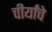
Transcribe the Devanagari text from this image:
चीर्यांचे